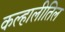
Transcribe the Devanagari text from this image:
कल्हालीतिल